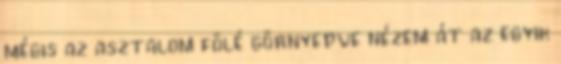
mégis az asztalom fölé görnyedve nézem át az egyik